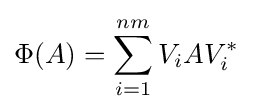
\Phi (A)=\sum _{i=1}^{nm}V_{i}AV_{i}^{*}